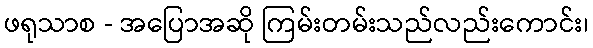
ဖရုသာစ - အပြောအဆို ကြမ်းတမ်းသည်လည်းကောင်း၊